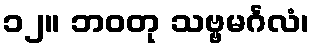
၁၂။ ဘဝတု သဗ္ဗမင်္ဂလံ၊